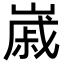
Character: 𡻷